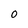
Character: o